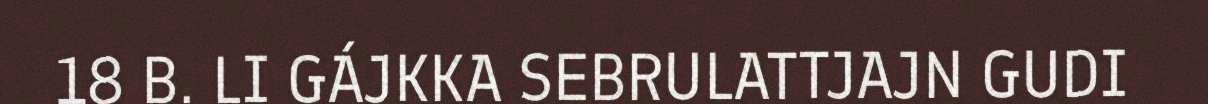
18 B. LI GÁJKKA SEBRULATTJAJN GUDI